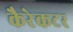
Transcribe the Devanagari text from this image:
कैरेकटर